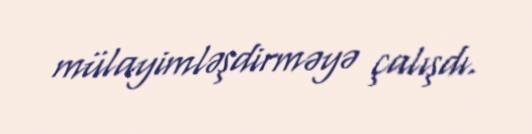
mülayimləşdirməyə çalışdı.